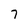
Character: 7